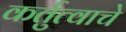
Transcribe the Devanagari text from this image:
कर्तुत्वाचे